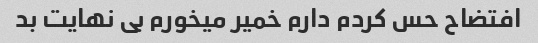
افتضاح حس کردم دارم خمیر میخورم بی نهایت بد